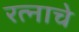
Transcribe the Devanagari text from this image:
रत्नाचे